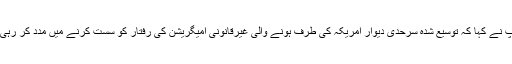
ٹرمپ نے کہا کہ توسیع شدہ سرحدی دیوار امریکہ کی طرف ہونے والی غیرقانونی امیگریشن کی رفتار کو سست کرنے میں مدد کر رہی ہے۔